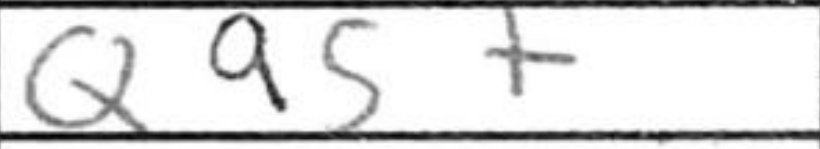
Transcription: Qa5+